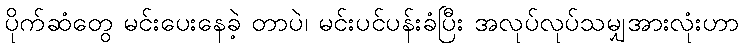
ပိုက်ဆံတွေ မင်းပေးနေခဲ့ တာပဲ၊ မင်းပင်ပန်းခံပြီး အလုပ်လုပ်သမျှအားလုံးဟာ